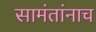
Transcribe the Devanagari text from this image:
सामंतांनाच